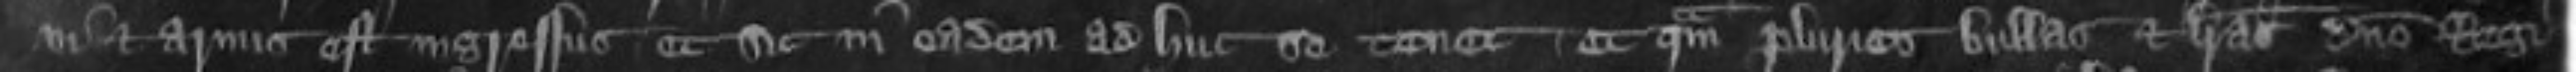
vi et armis est ingressus et sic in eadem ad huc se tenet et quam pluries bullas et brevas domino Regi